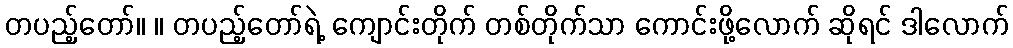
တပည့်တော်။ ။ တပည့်တော်ရဲ့ ကျောင်းတိုက် တစ်တိုက်သာ ကောင်းဖို့လောက် ဆိုရင် ဒါလောက်